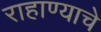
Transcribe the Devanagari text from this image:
राहाण्याचे